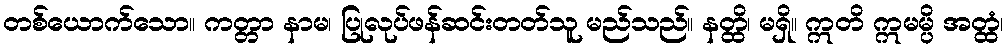
တစ်ယောက်သော။ ကတ္တာ နာမ၊ ပြုလုပ်ဖန်ဆင်းတတ်သူ မည်သည်။ နတ္ထိ၊ မရှိ။ ဣတိ ဣမမ္ပိ အတ္ထံ၊